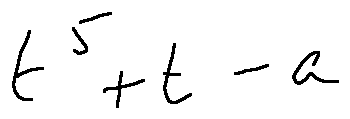
t ^ { 5 } + t - a